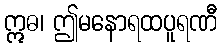
ဣဓ၊ ဤမနောရထပူရဏီ